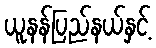
ယူနန်ပြည်နယ်နှင့်